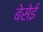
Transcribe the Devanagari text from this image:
बेसेई